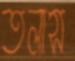
তলাস